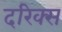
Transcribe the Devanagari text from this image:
दरिक्स